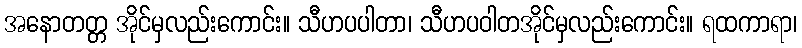
အနောတတ္တ အိုင်မှလည်းကောင်း။ သီဟပပါတာ၊ သီဟပဝါတအိုင်မှလည်းကောင်း။ ရထကာရာ၊